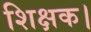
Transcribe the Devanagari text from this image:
शिक्षक।